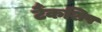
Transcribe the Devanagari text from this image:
टैंकशिप